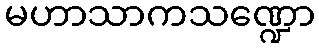
မဟာသာကသဏ္ဍော